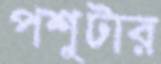
পশুটার